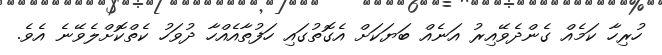
ހުރިހާ ކަމެއް ގެންދެވޭއިރު އަނެއް ބަޔަކަށް އެގޮތުގައި ހަފުތާއެއްހާ ދުވަހު ކެތްކޮށްލެވޭނެ އެވެ.